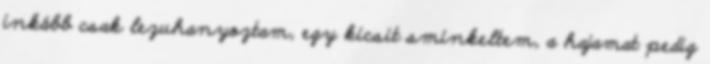
inkább csak lezuhanyoztam, egy kicsit sminkeltem, a hajamat pedig